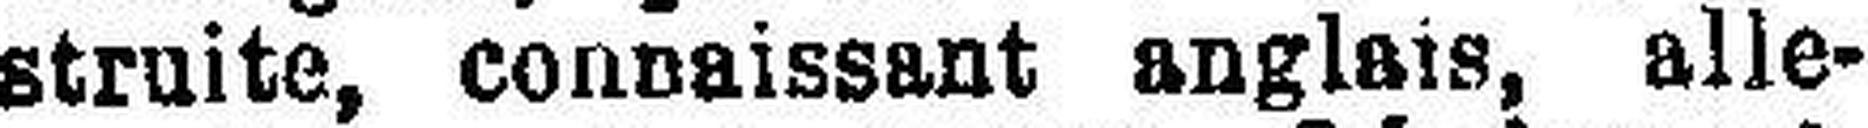
struite, connaissant anglais, alle¬